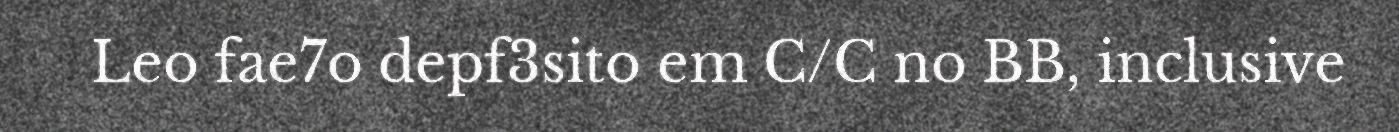
Leo fae7o depf3sito em C/C no BB, inclusive